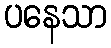
ပနေသာ